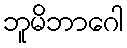
ဘူမိဘာဂေါ